Scottish Leaving Certificate Examination, 1957
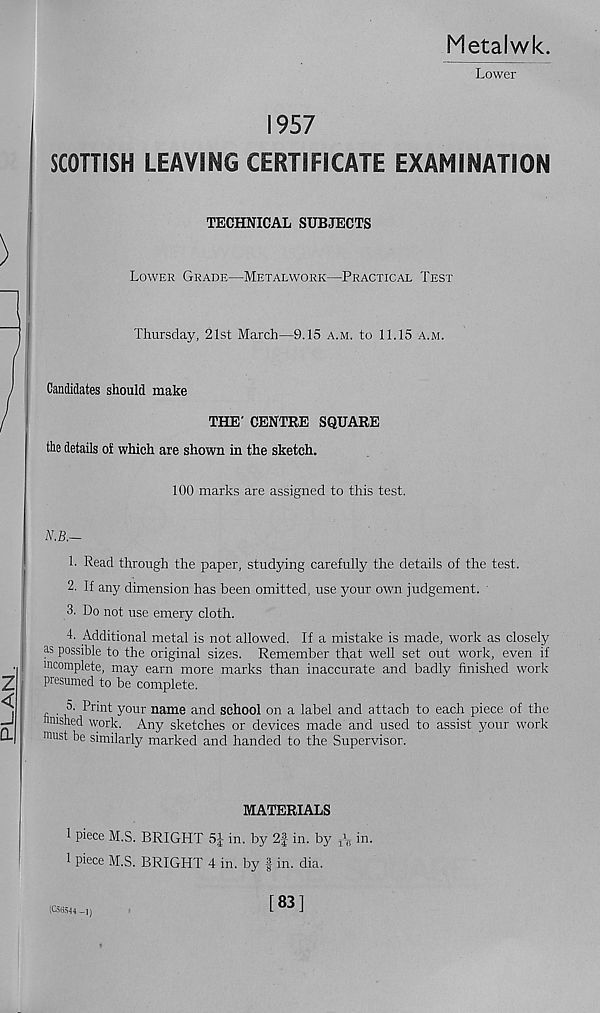
Metalwk.
Lower
1957
SCOTTISH LEAVING CERTIFICATE EXAMINATION
TECHNICAL SUBJECTS
Lower Grade—Metalwork—Practical Test
Thursday, 21st March—9.15 a.m. to 11.15 a.m.
Candidates should make
THE' CENTRE SQUARE
the details of which are shown in the sketch.
100 marks are assigned to this test.
N.B.—
h Read through the paper, studying carefully the details of the test.
2. If any dimension has been omitted, use your own judgement.
3. Do not use emery cloth.
4- Additional metal is not allowed. If a mistake is made, work as closely
as possible to the original sizes. Remember that well set out work, even if
incomplete, may earn more marks than inaccurate and badly finished work
i presumed to be complete.
5. Print your name and school on a label and attach to each piece of the
finished work. Any sketches or devices made and used to assist your work
must be similarly marked and handed to the Supervisor.
MATERIALS
1 Piece M.S. BRIGHT 5|- in. by 2f in. by T \ in.
1 piece M.S. BRIGHT 4 in. by § in. dia.
(C56544 -1)
[83]